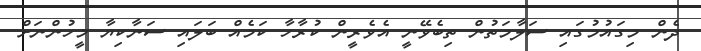
ދެން މިގައުމުގައި ސަލާމަތުން ތިބެވޭނީ އެވެރީން ކުރާހާ ކަމެއް ބަލައި ސަނާކިޔާ މީހުންނަށް